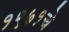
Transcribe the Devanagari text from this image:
१९७१चे